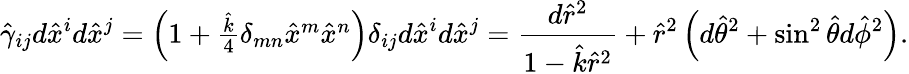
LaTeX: \hat{\gamma}_{ij}d\hat{x}^{i}d\hat{x}^{j}=\left(1+\textstyle{\frac{\hat{k}}{4}}\delta_{mn}\hat{x}^{m}\hat{x}^{n}\right)\delta_{ij}d\hat{x}^{i}d\hat{x}^{j}={\frac{d\hat{r}^{2}}{1-\hat{k}\hat{r}^{2}}}+\hat{r}^{2}\left(d\hat{\theta}^{2}+\sin^{2}\hat{\theta}d\hat{\phi}^{2}\right).